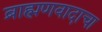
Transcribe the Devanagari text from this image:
ब्राह्मणवादाचा